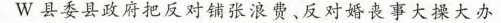
W县委县政府把反对铺张浪费、反对婚丧事大操大办